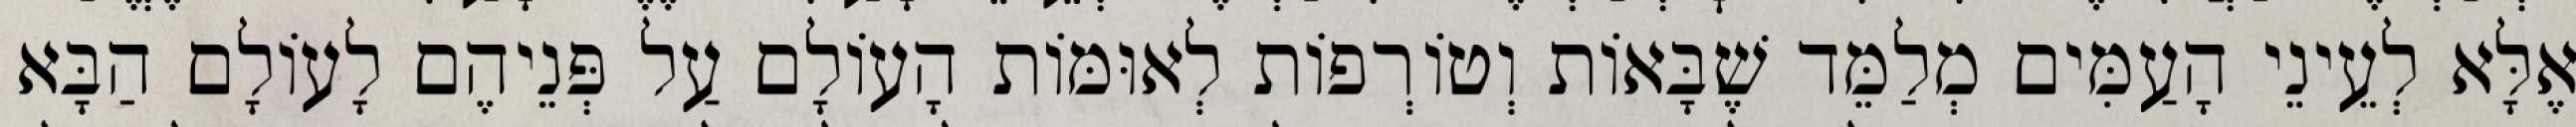
אֶלָּא לְעֵינֵי הָעַמִּים מְלַמֵּד שֶׁבָּאוֹת וְטוֹרְפוֹת לְאוּמּוֹת הָעוֹלָם עַל פְּנֵיהֶם לָעוֹלָם הַבָּא